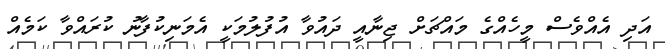
އަދި އެއްވެސް މީހެއްގެ މައްޗަށް ޖިނާއީ ދައުވާ އުފުލުމަކީ އެމަނިކުފާނު ކުރައްވާ ކަމެއް